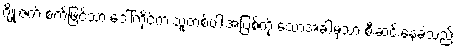
ဂျိုးဇက် စက်ဖြင့်သာ ဒေါ်ကိုင်က သူတစ်ပါးအပြစ်ကို သောအခါမှသာ စီးဆင်းနေခဲ့သည်